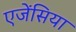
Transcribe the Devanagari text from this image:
एजेंसिया